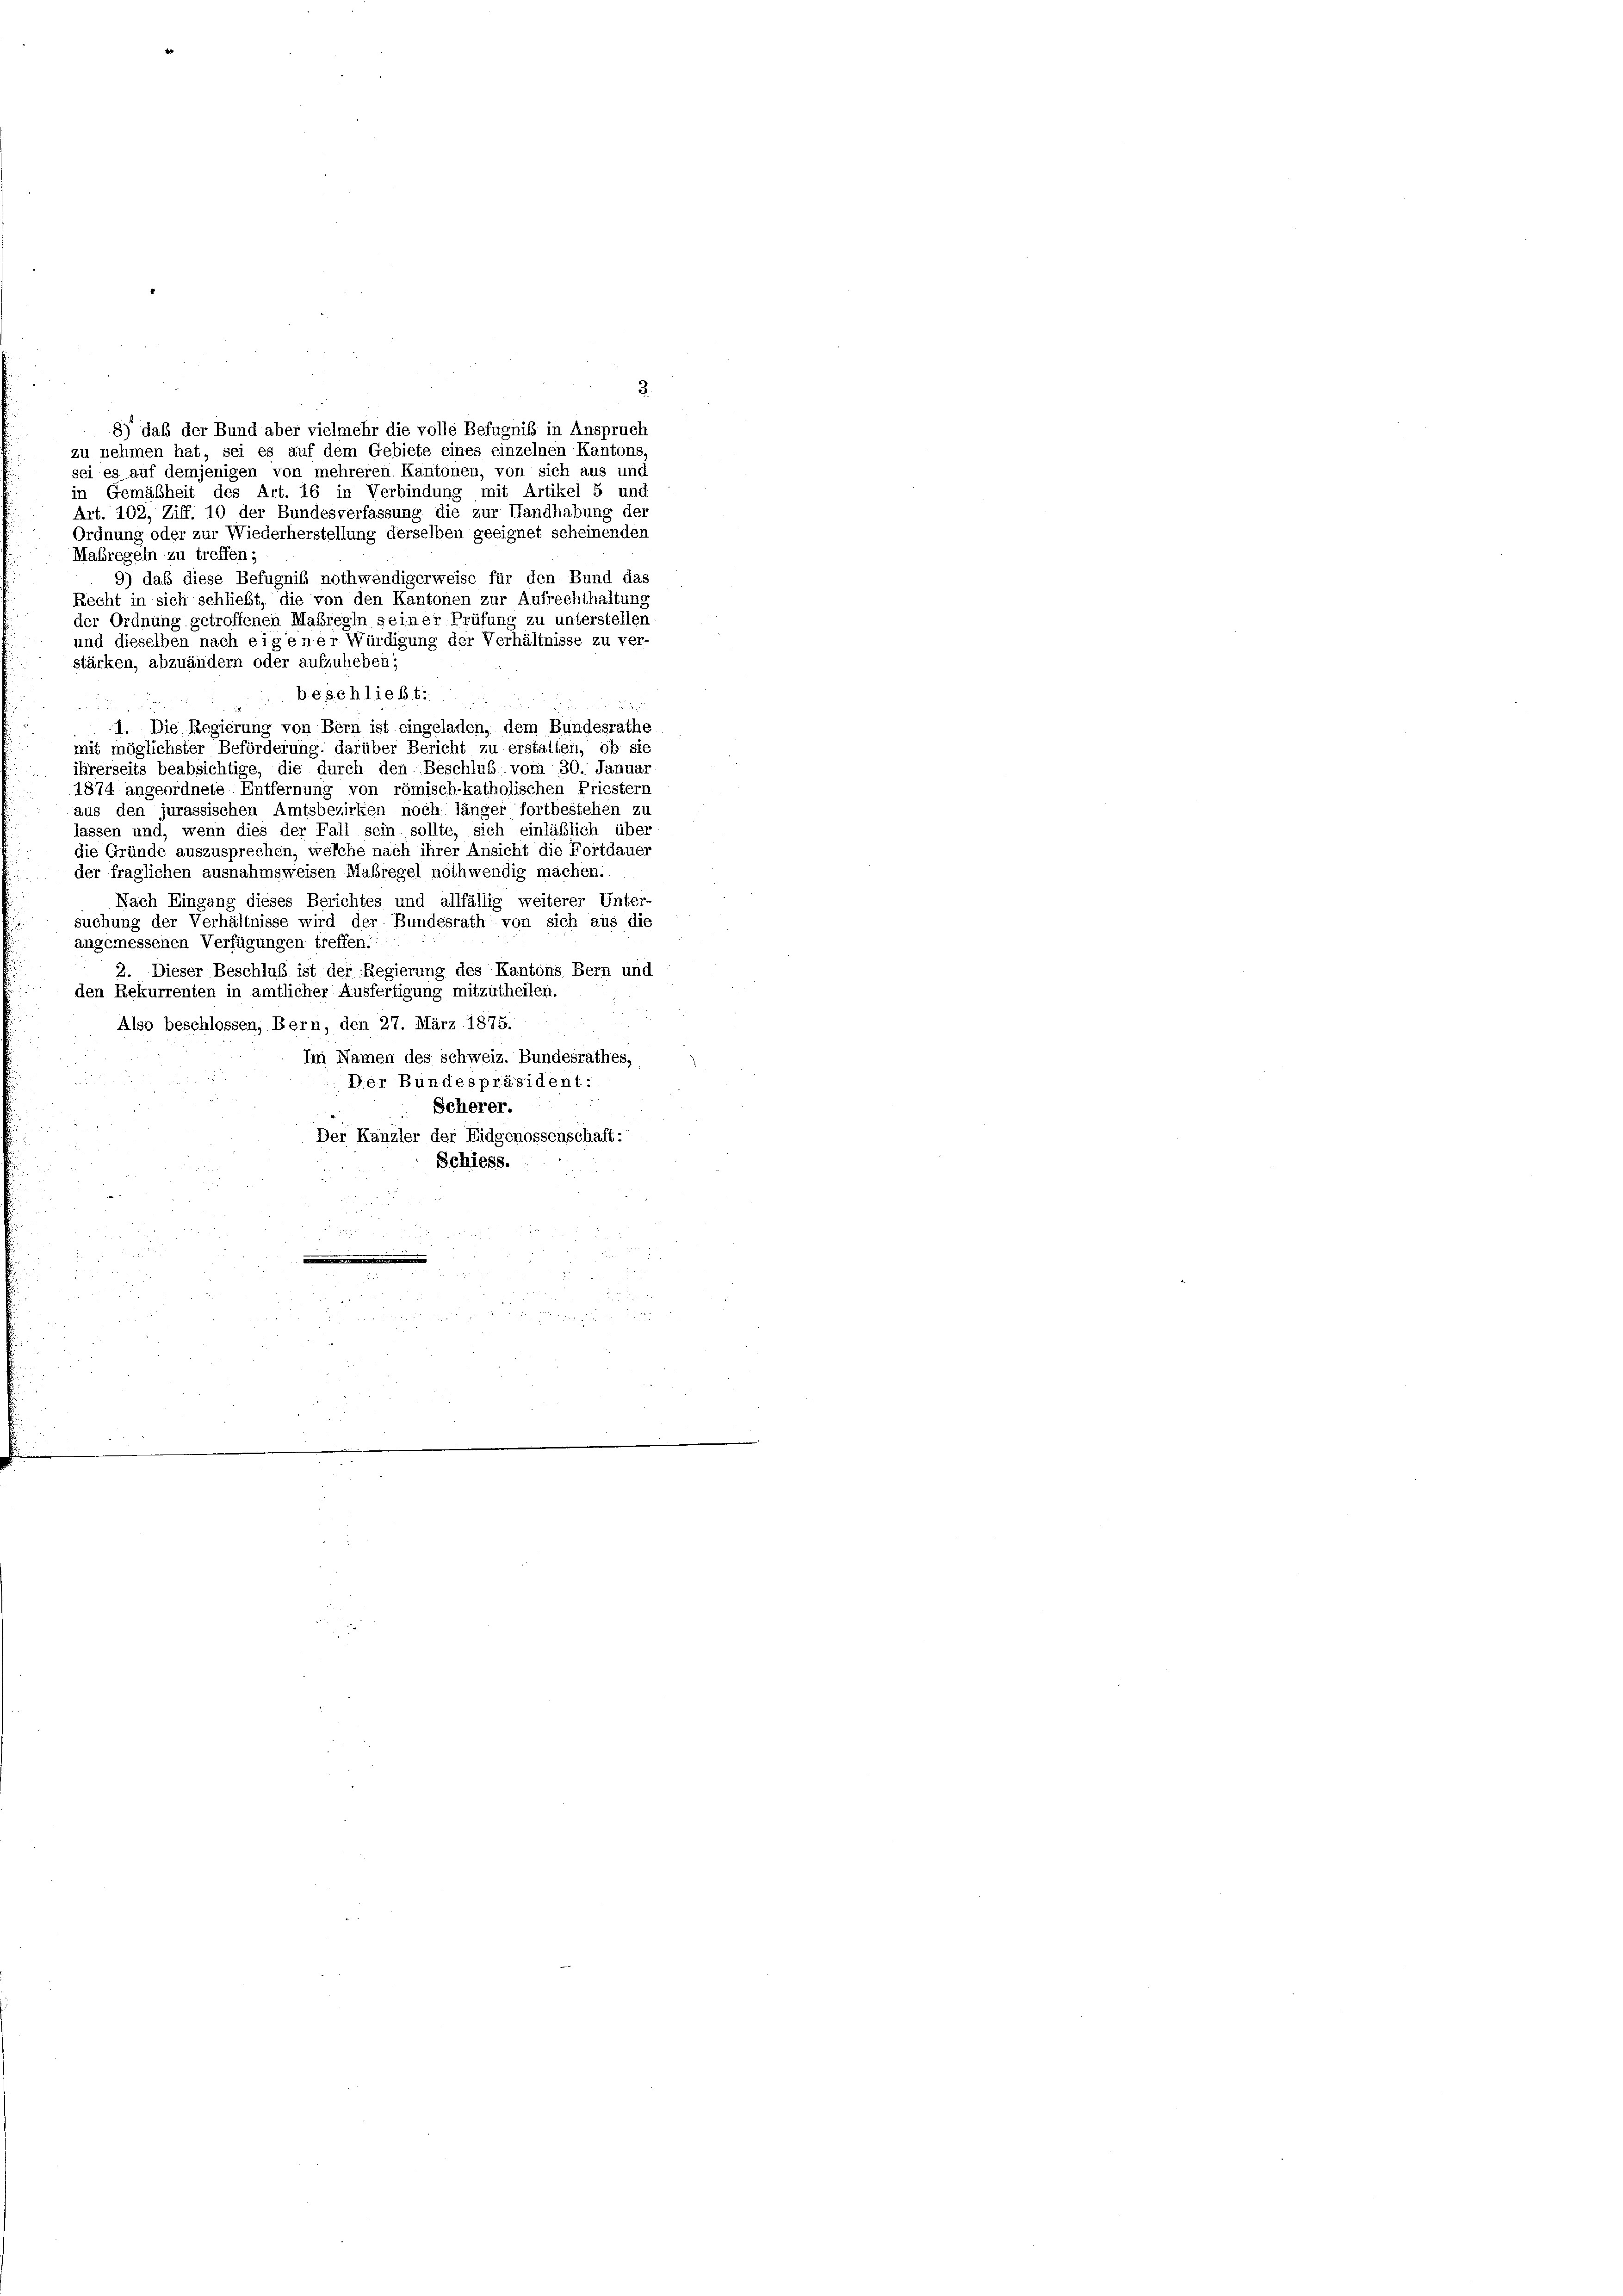
8) daß der Bund aber vielmehr die volle Befugniß in Anspruch
zu nehmen hat, sei es auf dem Gebiete eines einzelnen Kantons
sei es auf demjenigen von mehreren Kantonen, von sich aus und
in Gemäßheit des Art. 16 in Verbindung mit Artikel 5 und
Art. 102, Ziff. 10 der Bundesverfassung die zur Handhabung der
Ordnung oder zur Wiederherstellung derselben geeignet scheinenden
Maßregeln zu treffen;
9) daß diese Befugnis nothwendigerweise für den Bund das
Recht in sich schließt, die von den Kantonen zur Aufrechthaltung
der Ordnung getroffenen Maßregen seiner Prüfung zu unterstellen
und dieselben nach eigener Würdigung der Verhältnisse zu ver-
stärken, abzuändern oder aufzuheben;
beschließt:

.
 xx
1. Die Regierung von Bern ist eingeladen, dem Bundesrathe
mit möglichster Beförderung, darüber Bericht zu erstatten, ob sie
ihrerseits beabsichtige, die durch den Beschluß vom 30. Januar
1874 angeordnete Entfernung von römisch-katholischen Priestern
aus den jurassischen Amtsbezirken noch länger fortbestehen zu
lassen und, wenn dies der Fall sein sollte, sich einläßlich über
die Gründe auszusprechen, welche nach ihrer Ansicht die Fortdauer
der fraglichen ausnahmsweisen Maßregel nothwendig machen.
Nach Eingang dieses Berichtes und allfällig weiterer Unter-
suchung der Verhältnisse wird der Bundesrath: von sich aus die
angemessenen Verfügungen treffen.
2. Dieser Beschluß ist der Regierung des Kantons Bern und
den Rekurrenten in amtlicher Ausfertigung mitzutheilen.
Also beschlossen, Bern, den 27. März 1875.
Im Namen des schweiz. Bundesrathes,
Der Bundespräsident:
Scherer.
Der Kanzler der Eidgenossenschaft:
Schiess.

3.